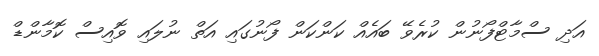
އަދި ސްމާޓްފޯނުން ކުރެވޭ ބައެއް ކަންކަން ފޯނުގައި އަތް ނުލައި ވޮއިސް ކޮމާންޑް